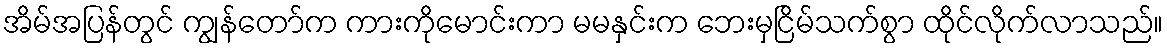
အိမ်အပြန်တွင် ကျွန်တော်က ကားကိုမောင်းကာ မမနှင်းက ဘေးမှငြိမ်သက်စွာ ထိုင်လိုက်လာသည်။